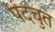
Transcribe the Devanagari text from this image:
पदचुत